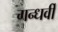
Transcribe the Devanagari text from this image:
गन्धर्वी